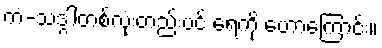
ကံ-သဒ္ဂါတစ်လုံးတည်းပင် ရေကို ဟောကြောင်း။